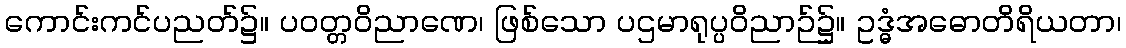
ကောင်းကင်ပညတ်၌။ ပဝတ္တဝိညာဏေ၊ ဖြစ်သော ပဌမာရုပ္ပဝိညာဉ်၌။ ဥဒ္ဓံအဓောတိရိယတာ၊